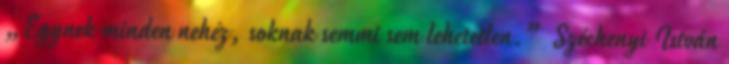
„Egynek minden nehéz, soknak semmi sem lehetetlen.” Széchenyi István